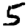
Digit: 5